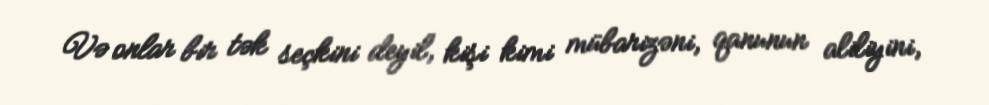
Və onlar bir tək seçkini deyil, kişi kimi mübarizəni, qanunun aliliyini,